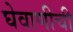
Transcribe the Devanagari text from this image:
घेवाणीची